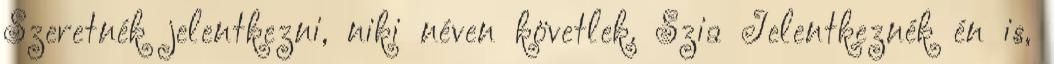
Szeretnék jelentkezni, niki néven követlek. Szia Jelentkeznék én is,